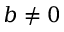
b \neq 0